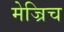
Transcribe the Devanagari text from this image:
मेज्रिच